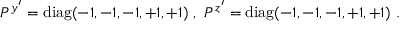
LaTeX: P ^ { y ^ { \prime } } = \mathrm { d i a g } ( - 1 , - 1 , - 1 , + 1 , + 1 ) ~ , ~ P ^ { z ^ { \prime } } = \mathrm { d i a g } ( - 1 , - 1 , - 1 , + 1 , + 1 ) ~ . ~ \,